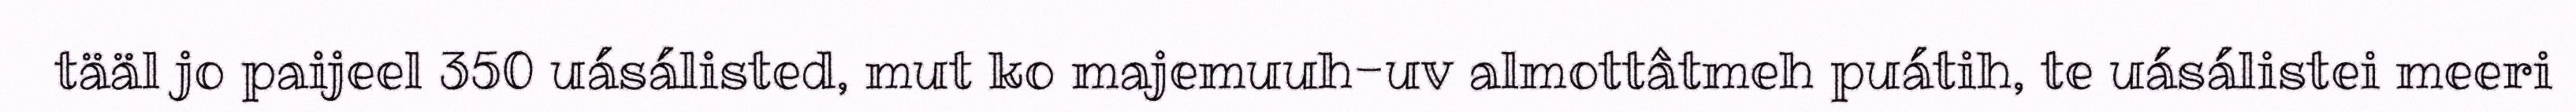
tääl jo paijeel 350 uásálisted, mut ko majemuuh-uv almottâtmeh puátih, te uásálistei meeri